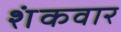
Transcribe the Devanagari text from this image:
शंकवार